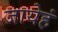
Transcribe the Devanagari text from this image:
जायेहं